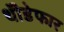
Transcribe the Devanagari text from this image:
थॊडेफार